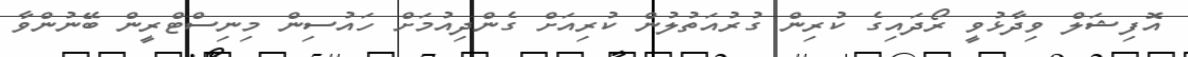
އޮފިޝަލް ވިދާޅުވީ ރޯދައިގެ ކުރިން ގުރުއަތުލުން ކުރިއަށް ގެންދިއުމަށް ހައުސިން މިނިސްޓްރީން ބޭނުންވާ